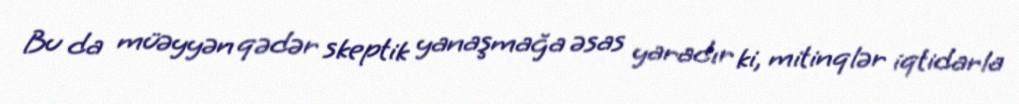
Bu da müəyyən qədər skeptik yanaşmağa əsas yaradır ki, mitinqlər iqtidarla